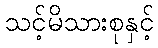
သင့်မိသားစုနှင့်